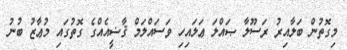
މިގޮތުން ބަލާއިރު ރަސޫލާ ޞައްލަ ޢަލައިހި ވަސައްލަމް ޤާޟީއެއްގެ ގޮތުގައި މުޢާޒު ބުނު